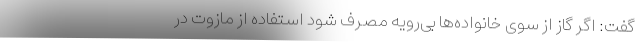
گفت: اگر گاز از سوی خانواده‌ها بی‌رویه مصرف شود استفاده از مازوت در